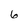
Character: 6